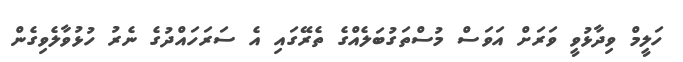
ހަލީމް ވިދާޅުވީ ވަރަށް އަވަސް މުސްތަގުބަލެއްގެ ތެރޭގައި އެ ސަރަހައްދުގެ ނެރު ހުޅުވާލެވިގެން